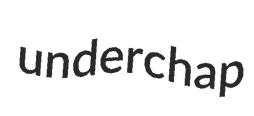
underchap